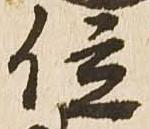
位